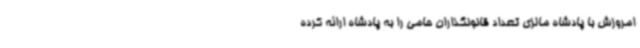
امروزش با پادشاه مالزی تعداد قانونگذاران حامی را به پادشاه ارائه کرده